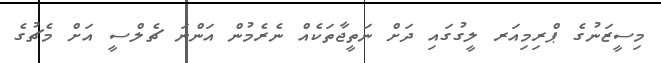
މިސީޒަނުގެ ޕްރިމިއަރ ލީގުގައި ދަށް ނަތީޖާތަކެއް ނެރެމުން އަންނަ ޗެލްސީ އަށް މެޗުގެ